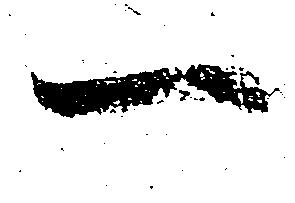
一